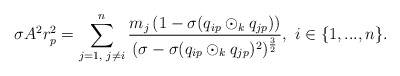
\begin{align*} \sigma A^{2}r_{p}^{2}=\sum\limits_{j=1,\textrm{ }j\neq i}^{n}\frac{m_{j}\left(1-\sigma(q_{ip}\odot_{k}q_{jp})\right)}{(\sigma-\sigma(q_{ip}\odot_{k}q_{jp})^{2})^{\frac{3}{2}}} ,\textrm{ }i\in\{1,...,n\}.\end{align*}